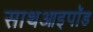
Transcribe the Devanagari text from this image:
साथआइपॉड